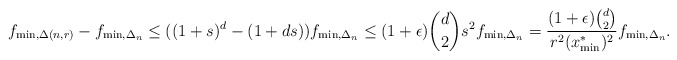
\begin{align*}f_{\min,\Delta(n,r)} - f_{\min,\Delta_n} \le ((1+s)^d - (1+ds))f_{\min,\Delta_n} \le (1+\epsilon){d \choose 2}s^2f_{\min,\Delta_n}=\frac{(1+\epsilon){d \choose 2}}{r^2(x^*_{\min})^2}f_{\min,\Delta_n}.\end{align*}